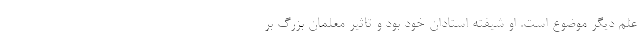
علم دیگر موضوع است. او شیفته استادان خود بود و تاثیر معلمان بزرگ بر